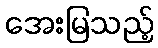
အေးမြသည့်